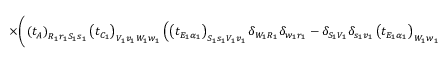
\times \bigg ( \left( t _ { A } \right) _ { R _ { 1 } r _ { 1 } S _ { 1 } s _ { 1 } } \left( t _ { C _ { 1 } } \right) _ { V _ { 1 } v _ { 1 } W _ { 1 } w _ { 1 } } \left( \left( t _ { E _ { 1 } \alpha _ { 1 } } \right) _ { S _ { 1 } s _ { 1 } V _ { 1 } v _ { 1 } } \delta _ { W _ { 1 } R _ { 1 } } \delta _ { w _ { 1 } r _ { 1 } } - \delta _ { S _ { 1 } V _ { 1 } } \delta _ { s _ { 1 } v _ { 1 } } \left( t _ { E _ { 1 } \alpha _ { 1 } } \right) _ { W _ { 1 } w _ { 1 } R _ { 1 } r _ { 1 } } \right) \bigg ) \times